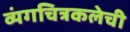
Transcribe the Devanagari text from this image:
व्यंगचित्रकलेची